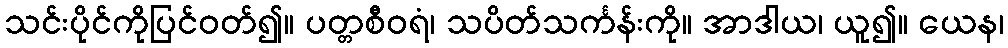
သင်းပိုင်ကိုပြင်ဝတ်၍။ ပတ္တစီဝရံ၊ သပိတ်သင်္ကန်းကို။ အာဒါယ၊ ယူ၍။ ယေန၊